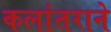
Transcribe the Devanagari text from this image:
कलांतराने